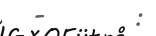
-       :